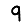
Digit: 9